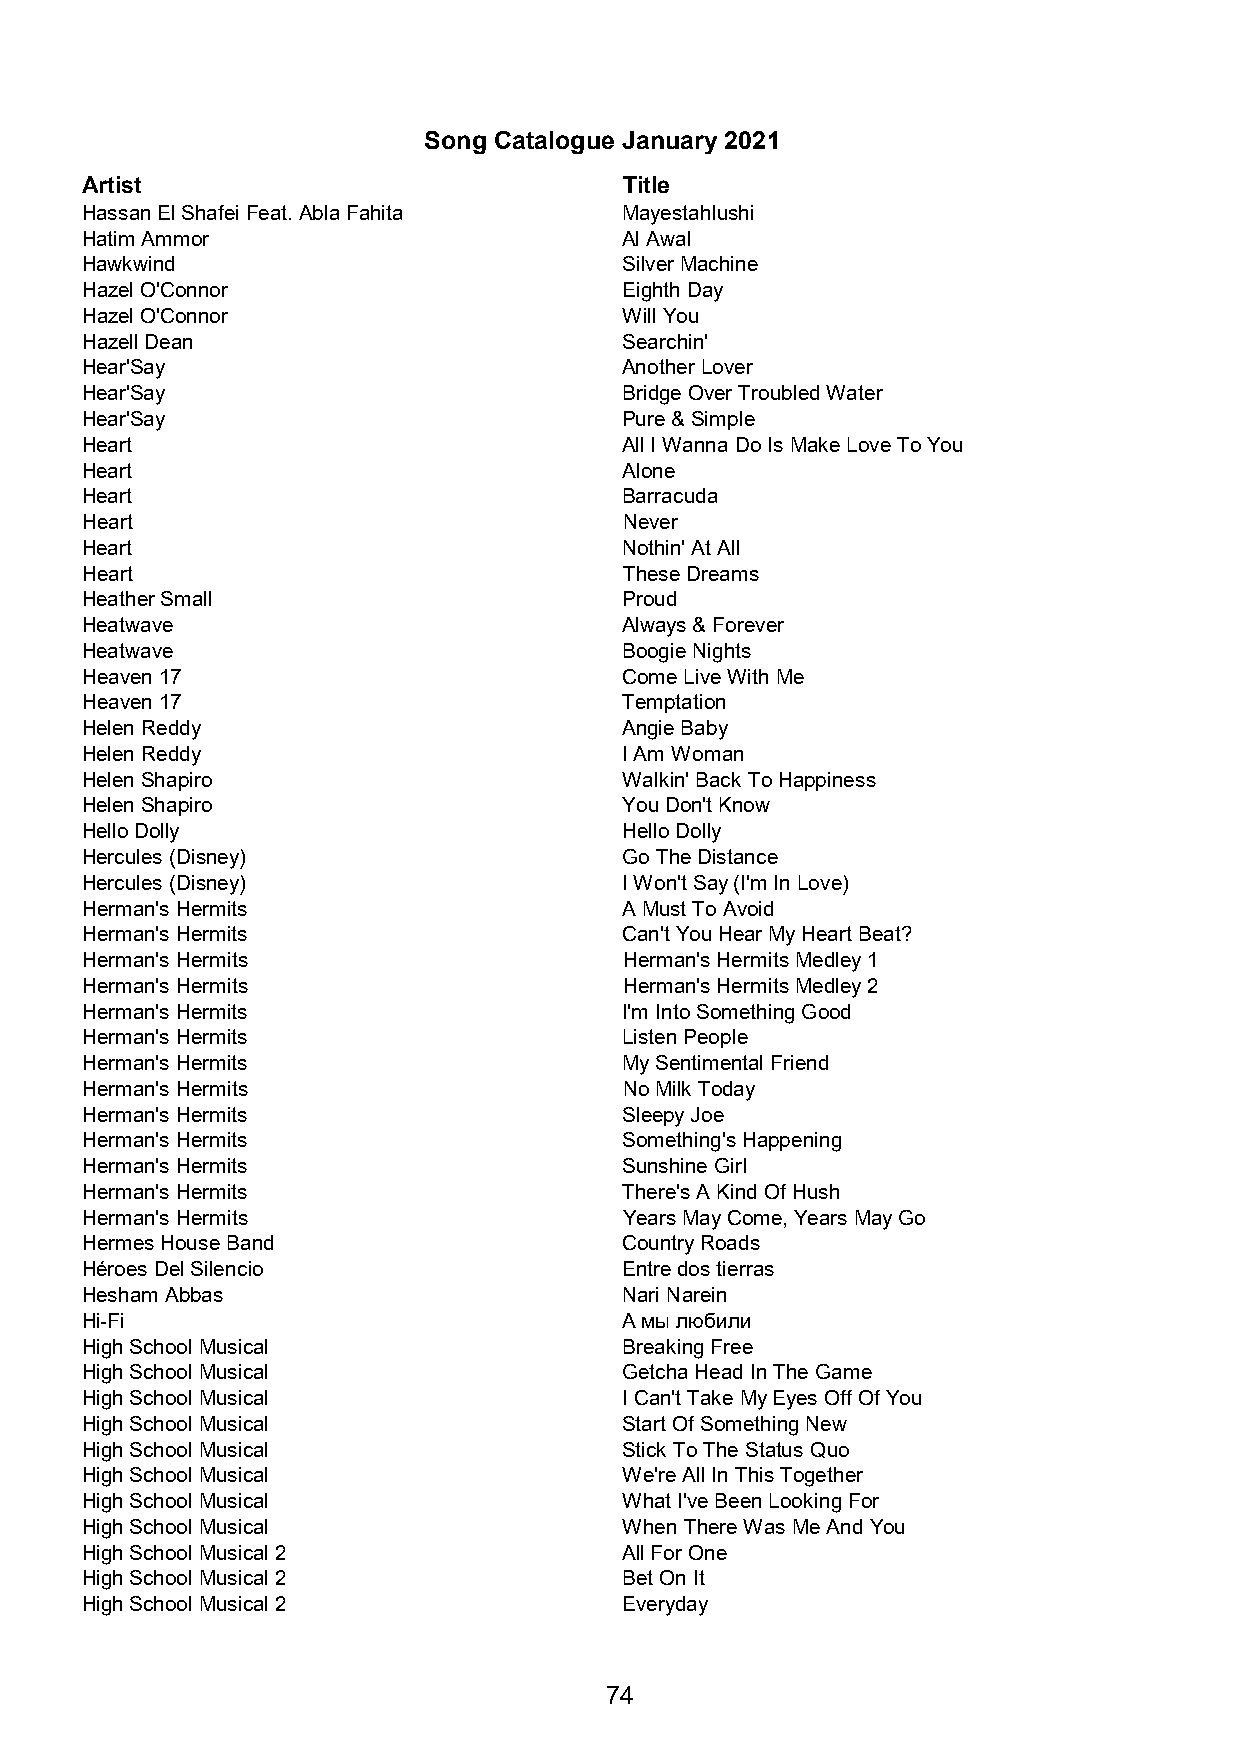
Song Catalogue January 2021
 Artist                              Title
 Hassan El Shafei Feat. Abla Fahita  Mayestahlushi
 Hatim Ammor                         Al Awal
 Hawkwind                            Silver Machine
 Hazel O'Connor                      Eighth Day
 Hazel O'Connor                      Will You
 Hazell Dean                         Searchin'
 Hear'Say                            Another Lover
 Hear'Say                            Bridge Over Troubled Water
 Hear'Say                            Pure & Simple
 Heart                               All I Wanna Do Is Make Love To You
 Heart                               Alone
 Heart                               Barracuda
 Heart                               Never
 Heart                               Nothin' At All
 Heart                               These Dreams
 Heather Small                       Proud
 Heatwave                            Always & Forever
 Heatwave                            Boogie Nights
 Heaven 17                           Come Live With Me
 Heaven 17                           Temptation
 Helen Reddy                         Angie Baby
 Helen Reddy                         I Am Woman
 Helen Shapiro                       Walkin' Back To Happiness
 Helen Shapiro                       You Don't Know
 Hello Dolly                         Hello Dolly
 Hercules (Disney)                   Go The Distance
 Hercules (Disney)                   I Won't Say (I'm In Love)
 Herman's Hermits                    A Must To Avoid
 Herman's Hermits                    Can't You Hear My Heart Beat?
 Herman's Hermits                    Herman's Hermits Medley 1
 Herman's Hermits                    Herman's Hermits Medley 2
 Herman's Hermits                    I'm Into Something Good
 Herman's Hermits                    Listen People
 Herman's Hermits                    My Sentimental Friend
 Herman's Hermits                    No Milk Today
 Herman's Hermits                    Sleepy Joe
 Herman's Hermits                    Something's Happening
 Herman's Hermits                    Sunshine Girl
 Herman's Hermits                    There's A Kind Of Hush
 Herman's Hermits                    Years May Come, Years May Go
 Hermes House Band                   Country Roads
 Héroes Del Silencio                 Entre dos tierras
 Hesham Abbas                        Nari Narein
 Hi-Fi                               А мы любили
 High School Musical                 Breaking Free
 High School Musical                 Getcha Head In The Game
 High School Musical                 I Can't Take My Eyes Off Of You
 High School Musical                 Start Of Something New
 High School Musical                 Stick To The Status Quo
 High School Musical                 We're All In This Together
 High School Musical                 What I've Been Looking For
 High School Musical                 When There Was Me And You
 High School Musical 2               All For One
 High School Musical 2               Bet On It
 High School Musical 2               Everyday
 74